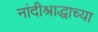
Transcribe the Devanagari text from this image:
नांदीश्राद्धाच्या